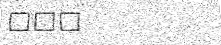
١٠٥